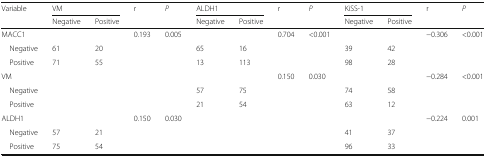
| <ROWSPAN=2> Variable | <COLSPAN=2> VM | <ROWSPAN=2> r | <ROWSPAN=2> P | <COLSPAN=2> ALDH1 | <ROWSPAN=2> r | <ROWSPAN=2> P | <COLSPAN=2> KiSS-1 | <ROWSPAN=2> r | <ROWSPAN=2> P |
 | Negative | Positive | Negative | Positive | Negative | Positive |
 | --- | --- | --- | --- | --- | --- | --- | --- | --- | --- | --- | --- | --- |
 | MACC1 |  |  | 0.193 | 0.005 |  |  | 0.704 | <0.001 |  |  | −0.306 | <0.001 |
 | Negative | 61 | 20 |  |  | 65 | 16 |  |  | 39 | 42 |  |  |
 | Positive | 71 | 55 |  |  | 13 | 113 |  |  | 98 | 28 |  |  |
 | VM |  |  |  |  |  |  | 0.150 | 0.030 |  |  | −0.284 | <0.001 |
 | Negative |  |  |  |  | 57 | 75 |  |  | 74 | 58 |  |  |
 | Positive |  |  |  |  | 21 | 54 |  |  | 63 | 12 |  |  |
 | ALDH1 |  |  | 0.150 | 0.030 |  |  |  |  |  |  | −0.224 | 0.001 |
 | Negative | 57 | 21 |  |  |  |  |  |  | 41 | 37 |  |  |
 | Positive | 75 | 54 |  |  |  |  |  |  | 96 | 33 |  |  |